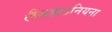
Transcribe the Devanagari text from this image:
लैंसडाउनियना